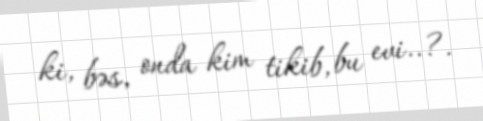
ki, bəs, onda kim tikib, bu evi..?.